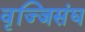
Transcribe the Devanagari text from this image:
वृज्जिसंघ